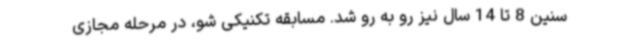
سنین 8 تا 14 سال نیز رو به رو شد. مسابقه تکنیکی شو، در مرحله مجازی